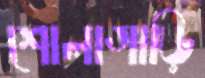
শোলাগাড়ি